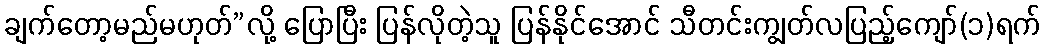
ချက်တော့မည်မဟုတ်”လို့ ပြောပြီး ပြန်လိုတဲ့သူ ပြန်နိုင်အောင် သီတင်းကျွတ်လပြည့်ကျော်(၁)ရက်